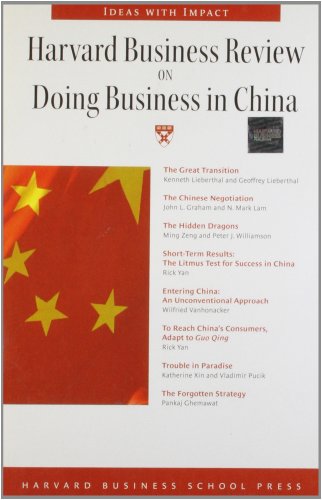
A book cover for Harvard Business Review on Doing Business in China (Harvard Business Review Paperback Series); Harvard Business School Press; Business & Money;